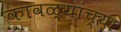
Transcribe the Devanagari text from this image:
कावळ्यांच्या